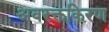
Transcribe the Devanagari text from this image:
अवरक्तकिरण